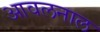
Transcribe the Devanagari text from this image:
आवलनाल